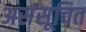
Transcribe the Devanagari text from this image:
असंसूचित